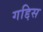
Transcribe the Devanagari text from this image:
गद्दिस